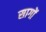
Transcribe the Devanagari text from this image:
सागों